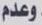
وعدم